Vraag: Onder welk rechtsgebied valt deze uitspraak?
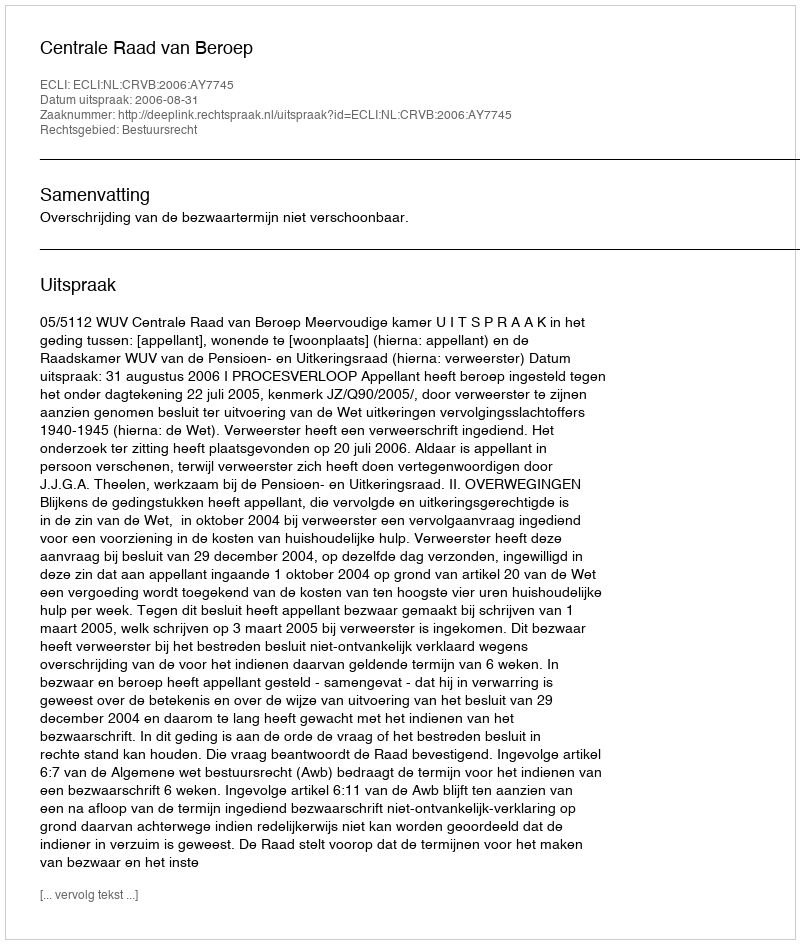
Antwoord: Bestuursrecht